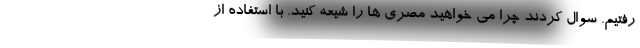
رفتیم. سوال کردند چرا می خواهید مصری ها را شیعه کنید. با استفاده از